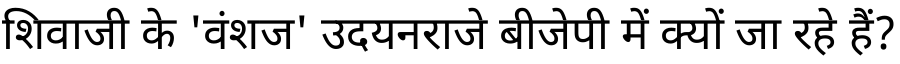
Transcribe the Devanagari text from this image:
शिवाजी के 'वंशज' उदयनराजे बीजेपी में क्यों जा रहे हैं?